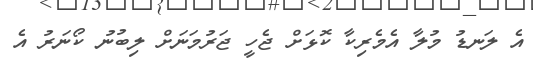
އެ ލަނޑު މުލާ އެމެރިކާ ކޮޅަށް ޖެހީ ޖަރުމަނަށް ލިބުނު ކޯނަރު އެ